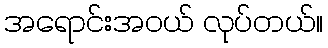
အရောင်းအဝယ် လုပ်တယ်။